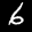
Label: 6